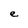
Character: e